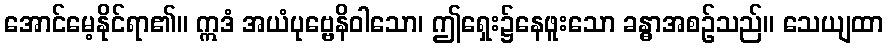
အောင်မေ့နိုင်ရာ၏။ ဣဒံ အယံပုဗ္ဗေနိဝါသော၊ ဤရှေး၌နေဖူးသော ခန္ဓာအစဉ်သည်။ သေယျထာ